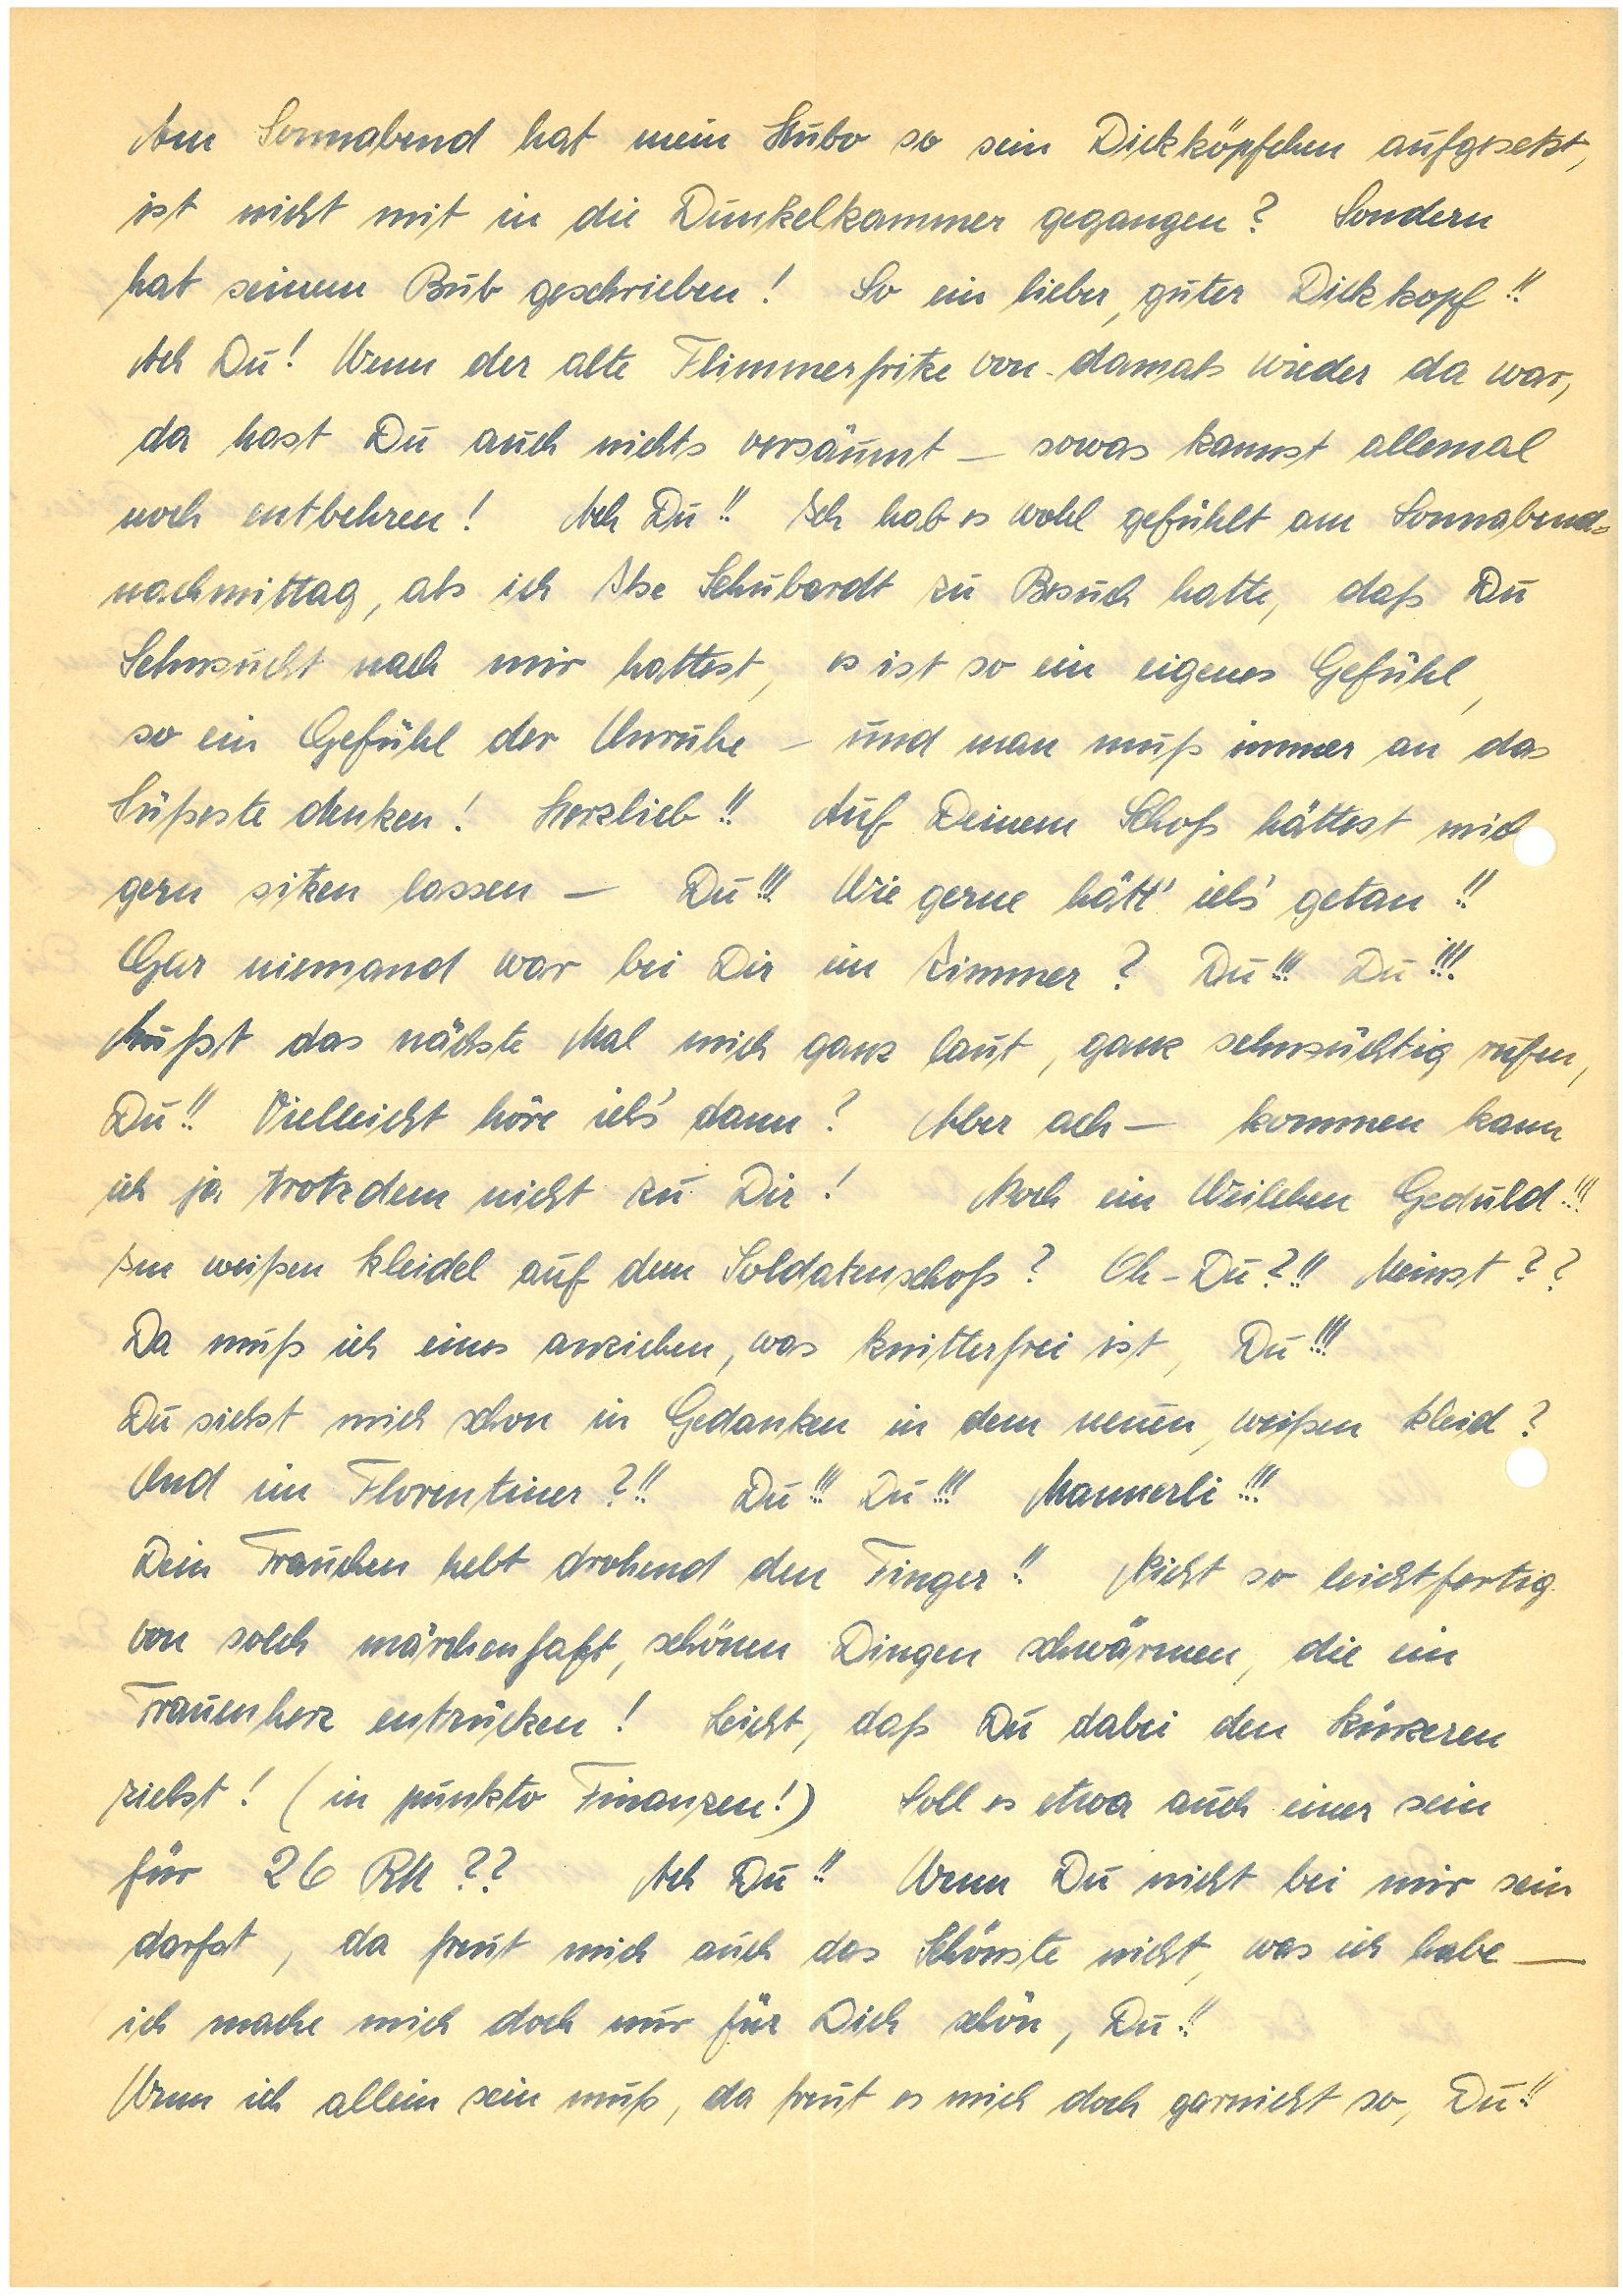
Am Sonnabend hat mein Hubo so sein Dickköpfchen aufgesetzt,
ist nicht mit in die Dunkelkammer gegangen? Sondern
hat seinem Bub geschrieben! So ein lieber, guter Dickkopf!!
Ach Du! Wenn der alte Flimmerfritze von damals wieder da war,
da hast Du auch nichts versäumt — sowas kannst allemal
noch entbehren! Ach Du!! Ich hab es wohl gefühlt am Sonnabend¬
nachmittag, als ich Ilse S. zu Besuch hatte, daß Du
Sehnsucht nach mir hattest, es ist so ein eigenes Gefühl,
so ein Gefühl der Unruhe – und man muß immer an das
Süßeste denken! Herzlieb!! Auf Deinem Schoß hättest mich
gern sitzen lassen — Du!!! Wie gerne hätt‘ ich’s getan!!
Gar niemand war bei Dir im Zimmer? Du!!! Du!!!
Mußt das nächste Mal mich ganz laut, ganz sehnsüchtig rufen,
Du!! Vielleicht höre ich’s dann? Aber ach – kommen kann
ich ja trotzdem nicht zu Dir! Noch ein Weilchen Geduld!!!
Im weißen Kleidel auf dem Soldatenschoß? Oh – Du?!! Meinst??
Da muß ich eines anziehen, was knitterfrei ist, Du!!!
Du siehst mich schon in Gedanken in dem neuen, weißen Kleid?
Und im Florentiner?!! Du!!! Du!!! Mannerli!!!
Dein Frauchen hebt drohend den Finger!! Nicht so leichtfertig
von solch märchenhaft, schönen Dingen schwärmen, die ein
Frauenherz entzücken! Leicht, daß Du dabei den kürzeren
ziehst! (in punkto Finanzen!) Soll es etwa auch einer sein
für 26 RM?? Ach Du!! Wenn Du nicht bei mir sein
darfst, da freut mich auch das Schönste nicht, was ich habe —
ich mache mich doch nur für Dich schön, Du!!
Wenn ich allein sein muß, da freut es mich doch garnicht so, Du!!